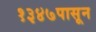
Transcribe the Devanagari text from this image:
१३४७पासून